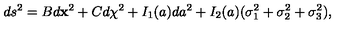
d s ^ { 2 } = B d { \bf x } ^ { 2 } + C d \chi ^ { 2 } + I _ { 1 } ( a ) d a ^ { 2 } + I _ { 2 } ( a ) ( \sigma _ { 1 } ^ { 2 } + \sigma _ { 2 } ^ { 2 } + \sigma _ { 3 } ^ { 2 } ) ,